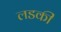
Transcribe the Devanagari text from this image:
लडकीं